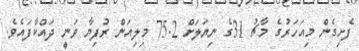
ފެށިގެން މިއަހަރުގެ މާޗު 31ގެ ނިޔަލަށް 75.2 މިލިއަން ރުފިޔާ ވަނީ ދައްކާފައެވެ.